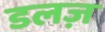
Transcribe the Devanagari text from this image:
डलज़